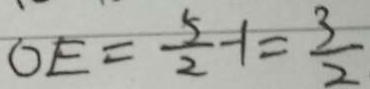
O E = \frac { 5 } { 2 } - 1 = \frac { 3 } { 2 }